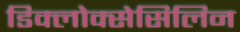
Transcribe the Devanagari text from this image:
डिक्लोक्सेसिलिन